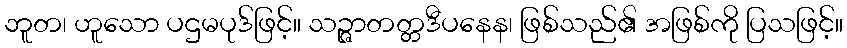
ဘူတ၊ ဟူသော ပဌမပုဒ်ဖြင့်။ သဉ္ဇာတတ္တဒီပနေန၊ ဖြစ်သည်၏ အဖြစ်ကို ပြသဖြင့်။